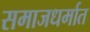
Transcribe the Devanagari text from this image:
समाजधर्मात